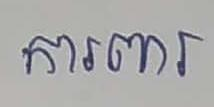
ការពារ